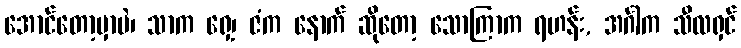
အောင်တော့မှာပဲ၊ သာက ရှေ့၊ ဇံက နောက် ဆိုတော့ သောကြာက ရဟန်း, အင်္ဂါက သီလရှင်